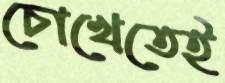
চোখেতেই